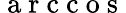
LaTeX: \mathrm{~a~r~c~c~o~s~}